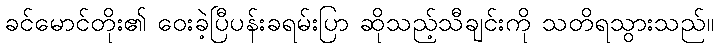
ခင်မောင်တိုး၏ ဝေးခဲ့ပြီပန်းခရမ်းပြာ ဆိုသည့်သီချင်းကို သတိရသွားသည်။